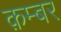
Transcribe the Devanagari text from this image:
क़म्बर